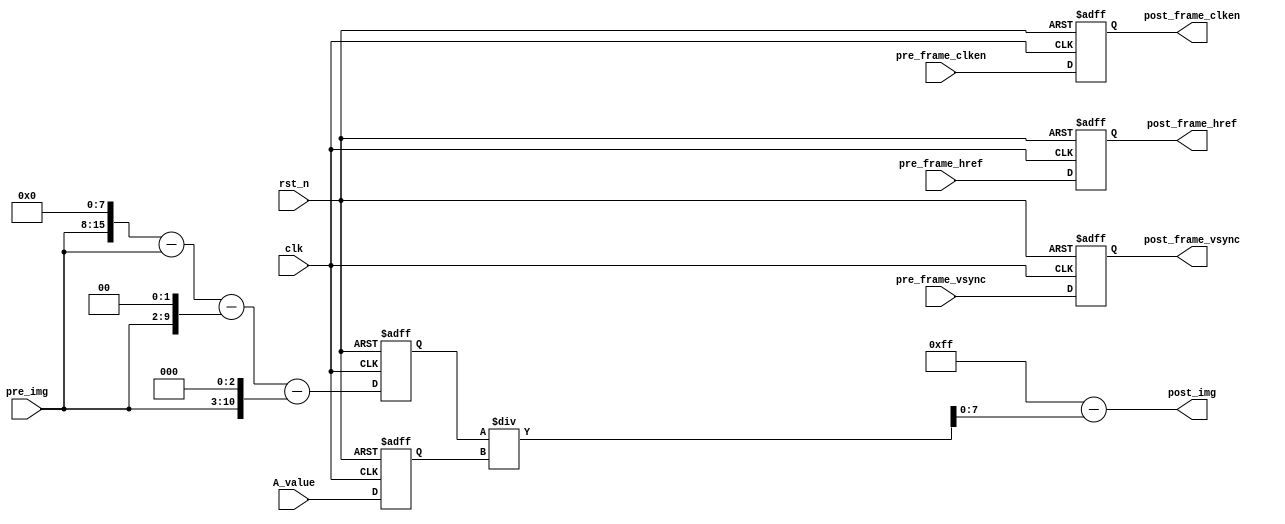
module tx_get(
        input               clk                 ,
        input               rst_n               ,  

        input               pre_frame_vsync     , 
        input               pre_frame_href      ,  
        input               pre_frame_clken     , 
        input   [7  : 0]    pre_img             ,
        input   [7  : 0]    A_value             ,

        output              post_frame_vsync    , 
        output              post_frame_href     ,  
        output              post_frame_clken    , 
        output  [7  : 0]    post_img  
);

parameter modification_value = 8'd243;    //modification_value=0.95*2^8,

reg         [15 : 0]    modify_A            ;

reg                     pre_frame_vsync_d1  ;
reg                     pre_frame_href_d1   ;
reg                     pre_frame_clken_d1  ;
reg         [7  : 0]    A_value_d1          ;

always@(posedge clk or negedge rst_n)begin
    if(!rst_n)begin
        modify_A    <=  0;
    end
    else begin
        modify_A    <=  (pre_img << 8) - pre_img - (pre_img << 2) - (pre_img << 3); //pre_img * modification_value
    end
end


always@(posedge clk or negedge rst_n)begin
    if(!rst_n)begin
        pre_frame_vsync_d1      <=  0                   ;
        pre_frame_href_d1       <=  0                   ;
        pre_frame_clken_d1      <=  0                   ;
        A_value_d1              <=  0                   ;
    end
    else begin
        pre_frame_vsync_d1      <=  pre_frame_vsync     ;
        pre_frame_href_d1       <=  pre_frame_href      ;
        pre_frame_clken_d1      <=  pre_frame_clken     ;
        A_value_d1              <=  A_value             ;
    end
end


assign      post_frame_vsync    =   pre_frame_vsync_d1  ;
assign      post_frame_href     =   pre_frame_href_d1   ;
assign      post_frame_clken    =   pre_frame_clken_d1  ;
assign      post_img            =   8'd255  -   modify_A / A_value_d1;

endmodule